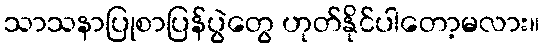
သာသနာပြုစာပြန်ပွဲတွေ ဟုတ်နိုင်ပါတော့မလား။